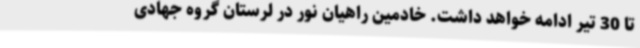
تا 30 تیر ادامه خواهد داشت. خادمین راهیان نور در لرستان گروه جهادی